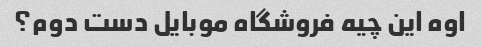
اوه این چیه فروشگاه موبایل دست دوم؟